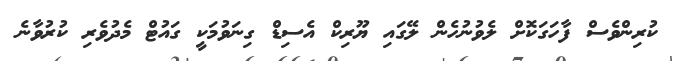
ކުރިންވެސް ފާހަގަކޮށް ލެވުނުހެން ލޭގައި ޔޫރިކް އެސިޑް ގިނަވުމަކީ ގައުޓް މެދުވެރި ކުރުވާނެ